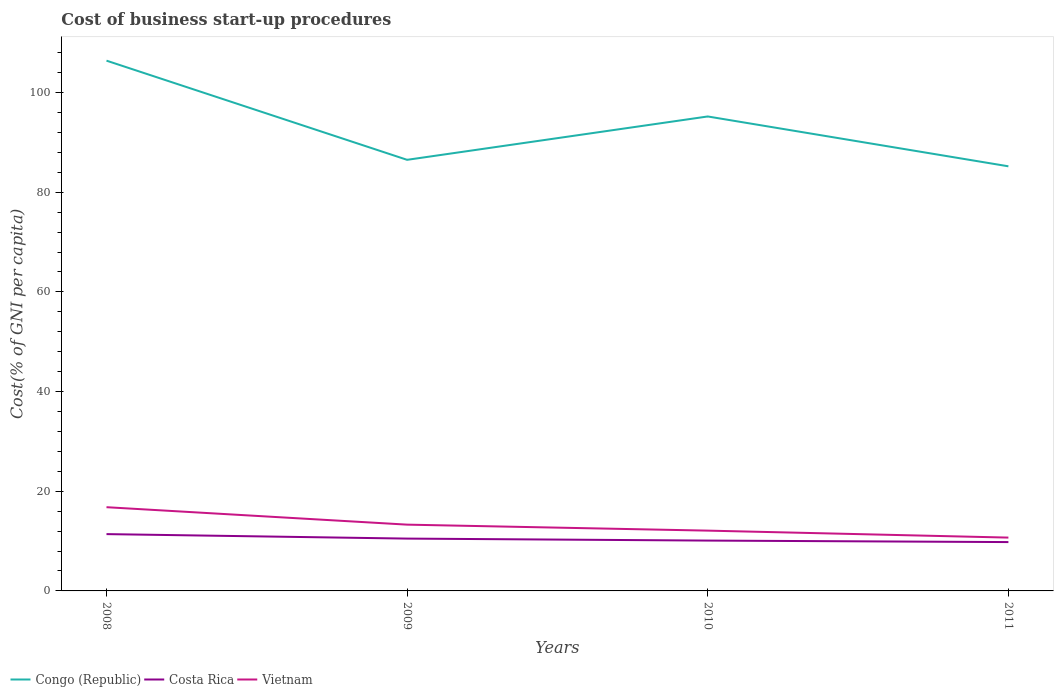
| Years | Congo (Republic) | Costa Rica | Vietnam |
 | --- | --- | --- | --- |
 | 2008 | 106 | 11.4 | 16.8 |
 | 2009 | 86.5 | 10.5 | 13.3 |
 | 2010 | 95.2 | 10.1 | 12.1 |
 | 2011 | 85.2 | 9.8 | 10.7 |